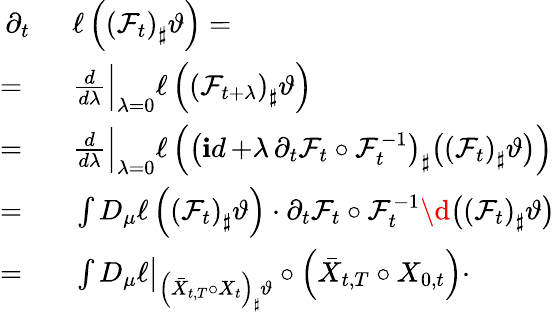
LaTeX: \begin{array}{rl}{\partial_{t}\ }&{{}\ \ell\left(\left(\mathcal F_{t}\right)_{\sharp}\vartheta\right)=}\\ {=\ }&{{}\ \frac{d}{d\lambda}\Big|_{\lambda=0}\ell\left(\left(\mathcal F_{t+\lambda}\right)_{\sharp}\vartheta\right)}\\ {=\ }&{{}\ \frac{d}{d\lambda}\Big|_{\lambda=0}\ell\left(\left(\mathop{\mathbf id}+\lambda\, \partial_{t}\mathcal F_{t}\circ\mathcal F_{t}^{-1}\right)_{\sharp}\big(\left(\mathcal F_{t}\right)_{\sharp}\vartheta\big)\right)}\\ {=\ }&{{}\ \int D_{\mu}\ell\left(\left(\mathcal F_{t}\right)_{\sharp}\vartheta\right)\cdot\partial_{t}\mathcal F_{t}\circ\mathcal F_{t}^{-1}\d{\big(\left(\mathcal F_{t}\right)_{\sharp}\vartheta\big)}}\\ {=\ }&{{}\ \int D_{\mu}\ell\big|_{\left(\bar{X}_{t,T}\circ X_{t}\right)_{\sharp}\vartheta}\circ\left(\bar{X}_{t,T}\circ X_{0,t}\right)\cdot}\end{array}